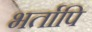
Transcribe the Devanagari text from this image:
भर्तापि